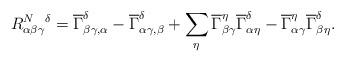
LaTeX: \begin{align*}R^{N}_{\alpha\beta\gamma}{}^\delta=\overline{\Gamma}_{\beta\gamma,\alpha}^\delta-\overline{\Gamma}_{\alpha\gamma,\beta}^\delta +\sum_\eta \overline{\Gamma}_{\beta\gamma}^\eta\overline{\Gamma}_{\alpha\eta}^\delta-\overline{\Gamma}_{\alpha\gamma}^\eta\overline{\Gamma}_{\beta\eta}^\delta.\end{align*}